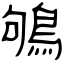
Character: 鴝